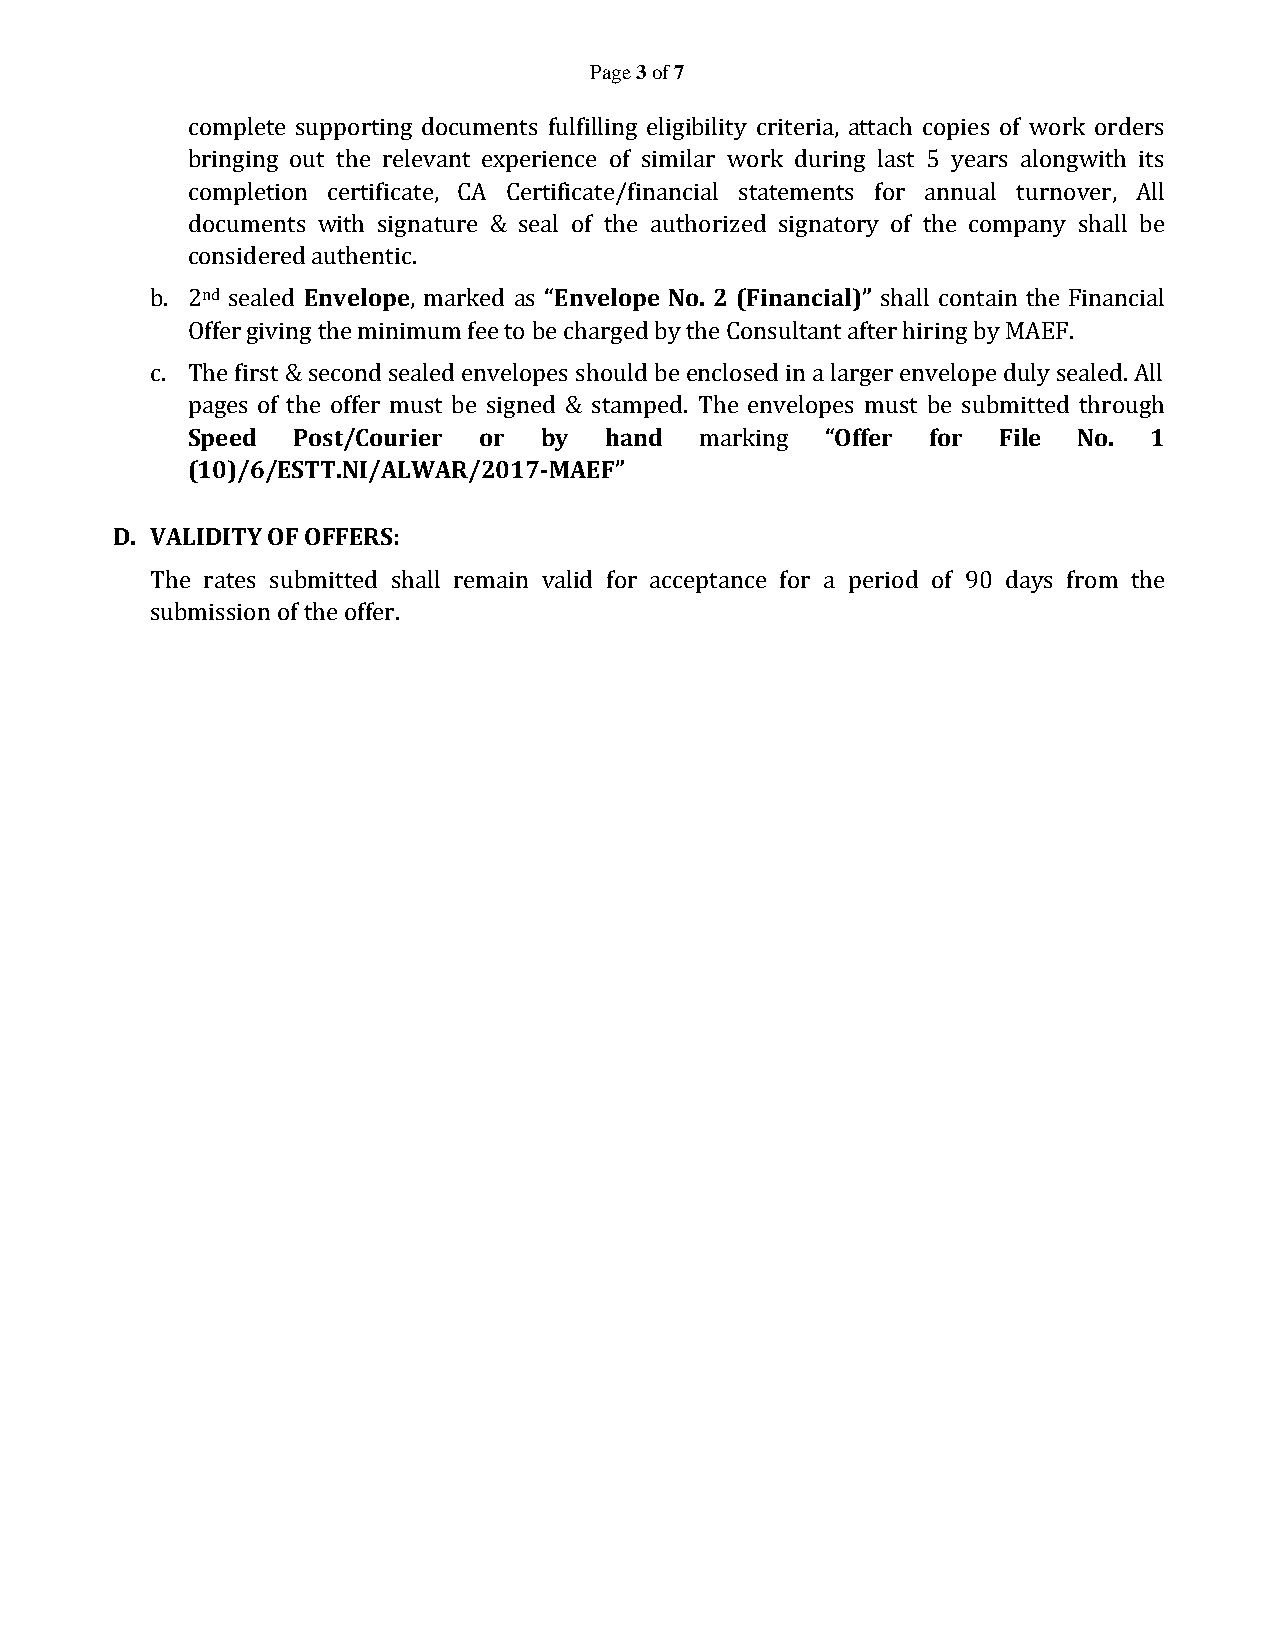
Page 3 of 7
 complete supporting documents fulfilling eligibility criteria, attach copies of work orders
 bringing out the relevant experience of similar work during last 5 years alongwith its
 completion certificate, CA Certificate/financial statements for annual turnover, All
 documents with signature & seal of the authorized signatory of the company shall be
 considered authentic.
 b. 2nd sealed Envelope, marked as “Envelope No. 2 (Financial)” shall contain the Financial
 Offer giving the minimum fee to be charged by the Consultant after hiring by MAEF.
 c. The first & second sealed envelopes should be enclosed in a larger envelope duly sealed. All
 pages of the offer must be signed & stamped. The envelopes must be submitted through
 Speed  Post/Courier or  by  hand  marking  “Offer for File No.  1
 (10)/6/ESTT.NI/ALWAR/2017-MAEF”
 D. VALIDITY OF OFFERS:
 The rates submitted shall remain valid for acceptance for a period of 90 days from the
 submission of the offer.